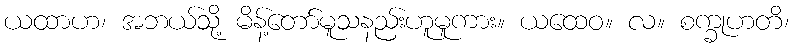
ယထာဟ၊ အဘယ်သို့ မိန့်တော်မူသနည်းဟူမူကား။ ယထေဝ။ လ။ စက္ခုဟတိ၊